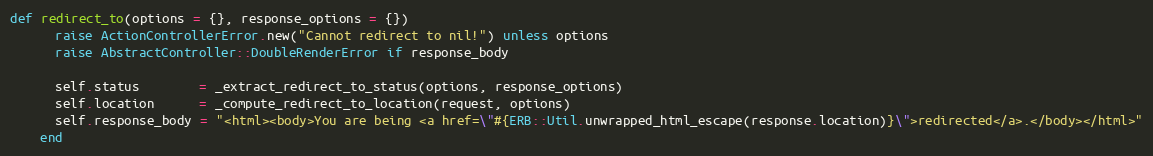
Language: Ruby
def redirect_to(options = {}, response_options = {})
      raise ActionControllerError.new("Cannot redirect to nil!") unless options
      raise AbstractController::DoubleRenderError if response_body

      self.status        = _extract_redirect_to_status(options, response_options)
      self.location      = _compute_redirect_to_location(request, options)
      self.response_body = "<html><body>You are being <a href=\"#{ERB::Util.unwrapped_html_escape(response.location)}\">redirected</a>.</body></html>"
    end